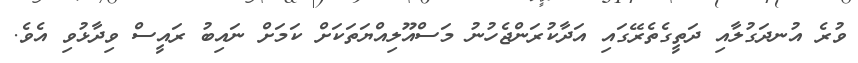
ވުރެ އުނދަގުލާއި ދަތީގެތެރޭގައި އަދާކުރަންޖެހުނު މަސްއޫލިއްޔަތަކަށް ކަމަށް ނައިބު ރައީސް ވިދާޅުވި އެވެ.